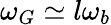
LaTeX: \omega_{G}\simeq l\omega_{b}